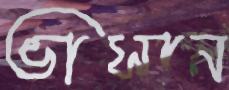
ভাসান